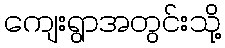
ကျေးရွာအတွင်းသို့